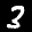
Label: 3